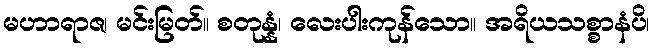
မဟာရာဇ၊ မင်းမြတ်။ စတုန္နံ၊ လေးပါးကုန်သော။ အရိယသစ္စာနံပိ၊